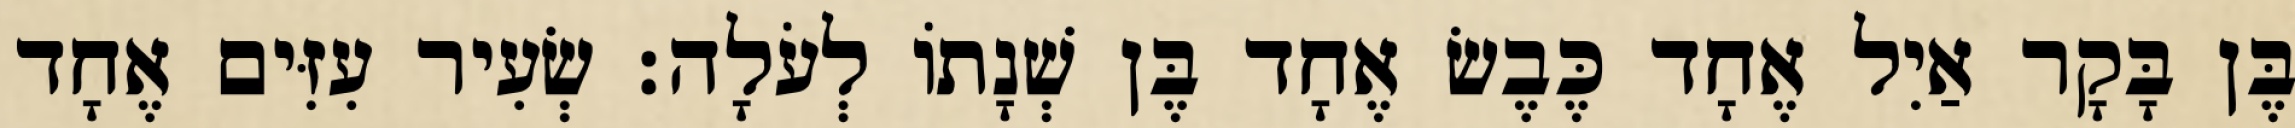
בֶּן בָּקָר אַיִל אֶחָד כֶּבֶשׂ אֶחָד בֶּן שְׁנָתוֹ לְעֹלָה׃ שְׂעִיר עִזִּים אֶחָד